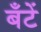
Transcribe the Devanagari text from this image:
बँटें